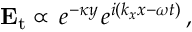
\mathbf { E } _ { \mathrm { t } } \propto \, e ^ { - \kappa y \, } e ^ { i ( k _ { x } x - \omega t ) } \, ,